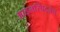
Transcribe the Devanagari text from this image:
आइनस्प्रिट्ज़ेन